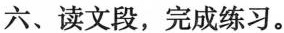
六、读文段，完成练习。